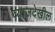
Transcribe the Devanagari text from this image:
व्याजदेखील